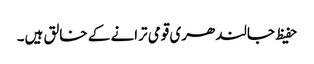
حفیظ جالندھری قومی ترانے کے خالق ہیں۔